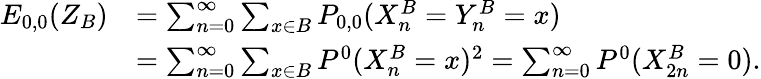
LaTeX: \begin{array}{rl}{E_{0,0}(Z_{B})}&{=\sum_{n=0}^{\infty}\sum_{x\in B}P_{0,0}(X_{n}^{B}=Y_{n}^{B}=x)}\\ &{=\sum_{n=0}^{\infty}\sum_{x\in B}P^{0}(X_{n}^{B}=x)^{2}=\sum_{n=0}^{\infty}P^{0}(X_{2n}^{B}=0).}\end{array}